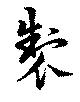
製